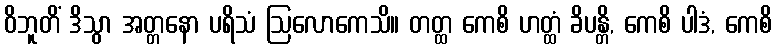
ဝိဘူတိံ ဒိသွာ အတ္တနော ပရိသံ ဩလောကေသိ။ တတ္ထ ကေစိ ဟတ္ထံ ခိပန္တိ, ကေစိ ပါဒံ, ကေစိ